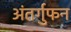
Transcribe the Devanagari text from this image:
अंतर्गुफन